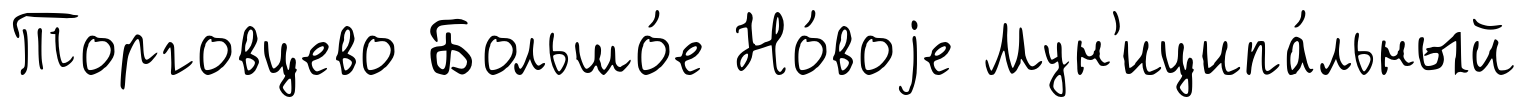
Торговцево Большо́е Но́воjе Мун'иципа́льный